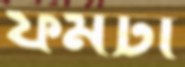
ফর্মটা